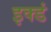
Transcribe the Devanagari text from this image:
इक्डं